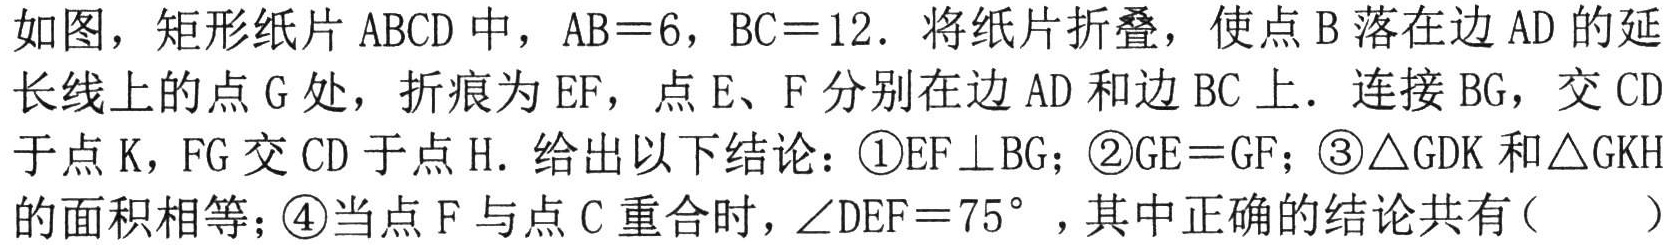
如图，矩形纸片\(ABCD\)中，\(AB = 6\)，\(BC = 12\). 将纸片折叠，使点\(B\)落在边\(AD\)的延长线上的点\(G\)处，折痕为\(EF\)，点\(E\)、\(F\)分别在边\(AD\)和边\(BC\)上. 连接\(BG\)，交\(CD\)于点\(K\)，\(FG\)交\(CD\)于点\(H\). 给出以下结论：\textcircled{1}\(EF\perp BG\)；\textcircled{2}\(GE = GF\)；\textcircled{3}\(\triangle GDK\)和\(\triangle GKH\)的面积相等；\textcircled{4}当点\(F\)与点\(C\)重合时，\(\angle DEF = 75^{\circ}\)，其中正确的结论共有（  ）